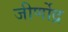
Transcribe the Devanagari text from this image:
जीर्णोद्र